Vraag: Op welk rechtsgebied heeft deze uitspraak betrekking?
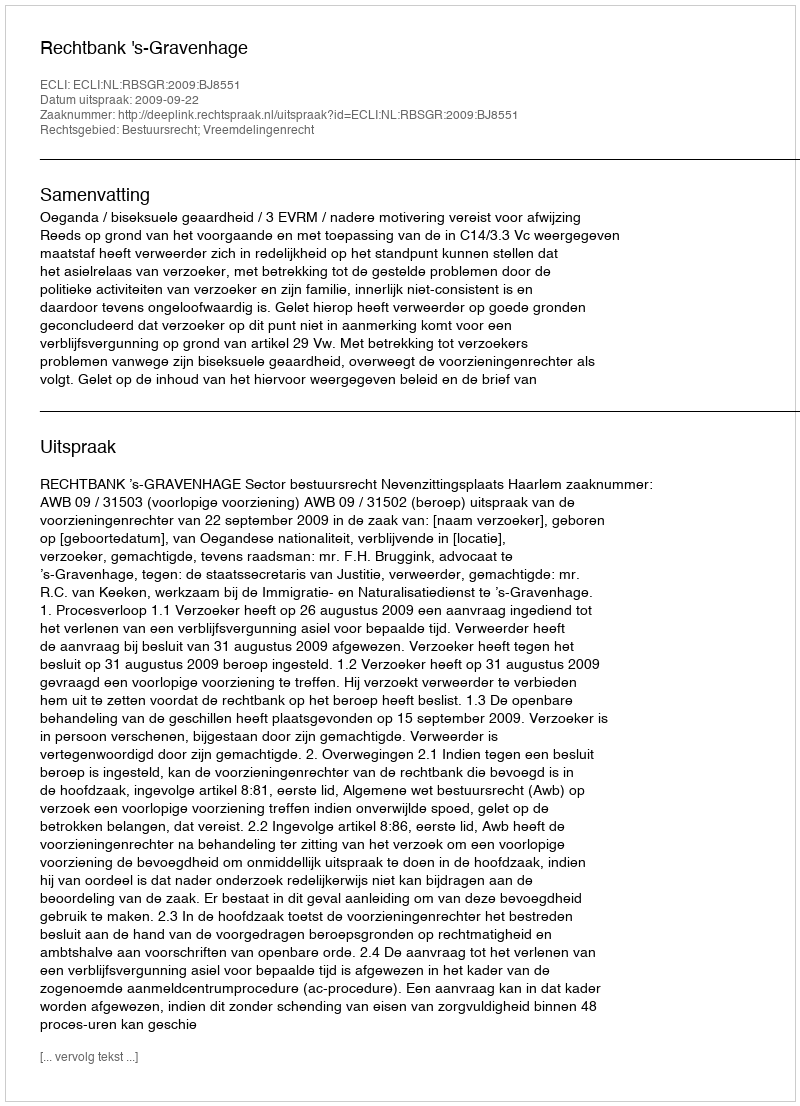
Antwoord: Bestuursrecht; Vreemdelingenrecht